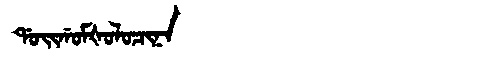
Manchu: ᡩᠣᡳᡤᠣᠮᡧᠣᠯᠣᠴᡳᠨᠠ
Romanization: DOIGOMŠOLOCINA